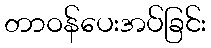
တာဝန်ပေးအပ်ခြင်း